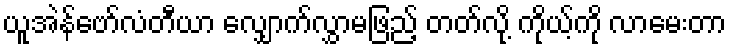
ယူအဲန်ဗော်လံတီယာ လျှောက်လွှာမဖြည့် တတ်လို့ ကိုယ့်ကို လာမေးတာ